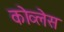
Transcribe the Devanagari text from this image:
कोव्लेस